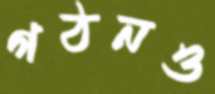
গঠনও